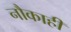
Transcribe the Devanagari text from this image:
नौकाही